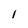
Character: l